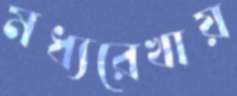
মধ্যরেখায়